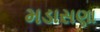
મડાસણા